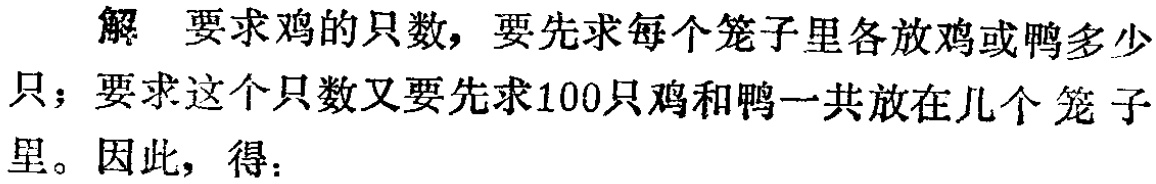
解 要求鸡的只数，要先求每个笼子里各放鸡或鸭多少只；要求这个只数又要先求100只鸡和鸭一共放在几个笼子里。因此，得：